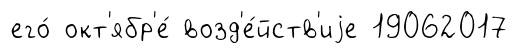
его́ окт'ябр'е́ возд'е́йств'иjе 19062017